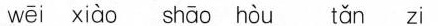
wei xiao shao hou tan zi